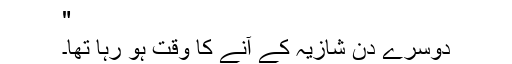
"
دوسرے دن شازیہ کے آنے کا وقت ہو رہا تھا۔